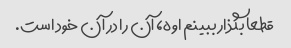
قطعا بگذار ببینم اوه، آن را در آن خود است.